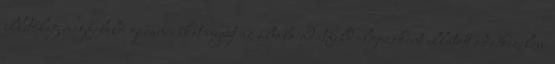
illetőleg megfelelő garanciákat nyújt az általa adatfeldolgozóként ellátott adatkezelési